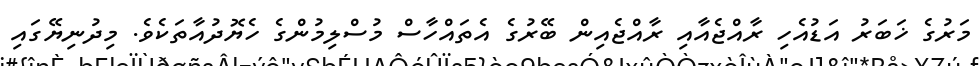
މަރުގެ ޚަބަރު އަޑުއެހި ރާއްޖެއާއި ރާއްޖެއިން ބޭރުގެ އެތައްހާސް މުސްލިމުންގެ ހެޔޮދުއާތަކެވެ. މިދުނިޔޭގައި